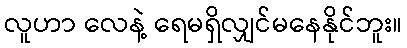
လူဟာ လေနဲ့ ရေမရှိလျှင်မနေနိုင်ဘူး။